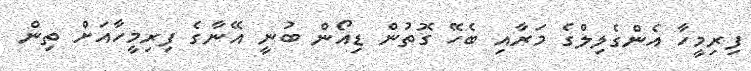
ފިރިމީހާ އެންގެލިލްގެ މަރާއި ބެހޭ ގޮތުން ޑިއޯން ބުނީ އޭނާގެ ފިރިމީހާއަށް ތިން